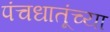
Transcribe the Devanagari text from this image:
पंचधातूंच्या